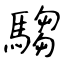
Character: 騶